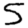
Digit: 5